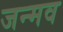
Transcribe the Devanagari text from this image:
जन्मव